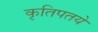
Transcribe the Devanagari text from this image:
कृतिपतये